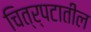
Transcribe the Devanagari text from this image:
चित्र्पटातील